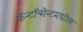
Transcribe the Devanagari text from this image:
कॅन्टॉन्मेन्टमधील